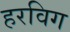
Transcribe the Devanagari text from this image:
हरविग